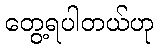
တွေ့ရပါတယ်ဟု